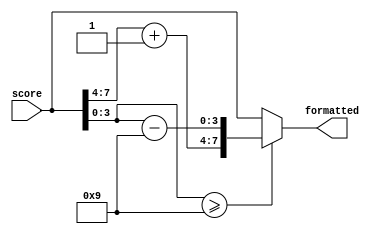
module format_score(input [7:0] score,
						  output reg [7:0] formatted);
	always @(*)
	begin
		if (score[3:0] >= 4'b1001) begin
			formatted[3:0] = score[3:0] - 4'b1001;
			formatted = {(score[7:4] + 1), formatted[3:0]};
		end
		else begin
			formatted = score;
		end
	end

endmodule